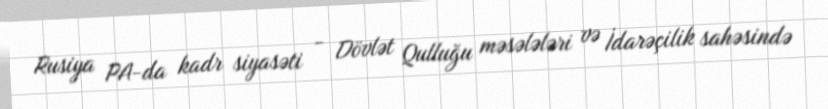
Rusiya PA-da kadr siyasəti - Dövlət Qulluğu məsələləri və İdarəçilik sahəsində